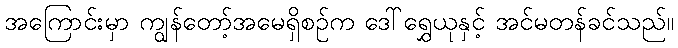
အကြောင်းမှာ ကျွန်တော့်အမေရှိစဉ်က ဒေါ်ရွှေယုနှင့် အင်မတန်ခင်သည်။